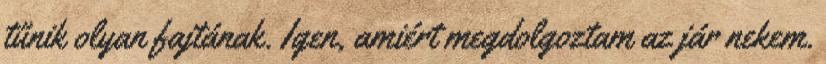
tűnik olyan fajtának. Igen, amiért megdolgoztam az jár nekem.